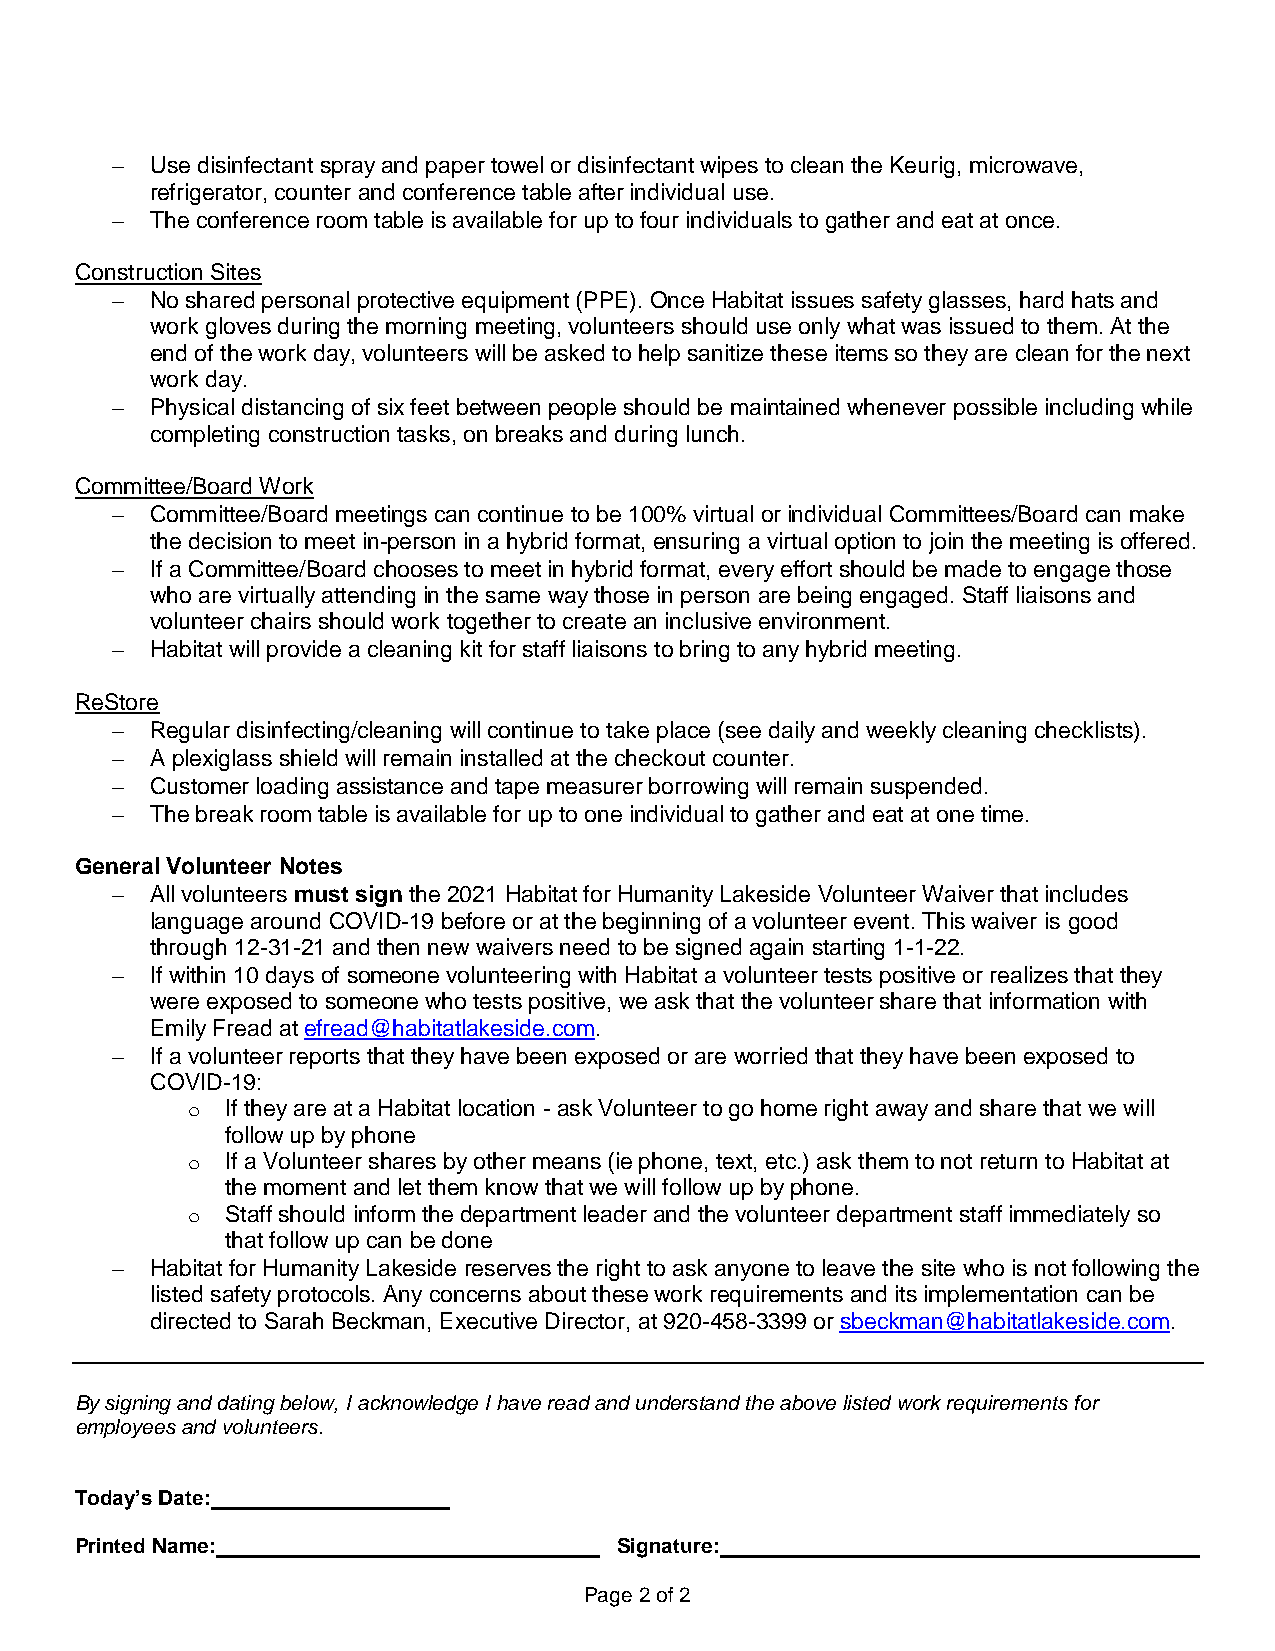
−  Use disinfectant spray and paper towel or disinfectant wipes to clean the Keurig, microwave,
 refrigerator, counter and conference table after individual use.
 −  The conference room table is available for up to four individuals to gather and eat at once.
 Construction Sites
 −  No shared personal protective equipment (PPE). Once Habitat issues safety glasses, hard hats and
 work gloves during the morning meeting, volunteers should use only what was issued to them. At the
 end of the work day, volunteers will be asked to help sanitize these items so they are clean for the next
 work day.
 −  Physical distancing of six feet between people should be maintained whenever possible including while
 completing construction tasks, on breaks and during lunch.
 Committee/Board Work
 −  Committee/Board meetings can continue to be 100% virtual or individual Committees/Board can make
 the decision to meet in-person in a hybrid format, ensuring a virtual option to join the meeting is offered.
 −  If a Committee/Board chooses to meet in hybrid format, every effort should be made to engage those
 who are virtually attending in the same way those in person are being engaged. Staff liaisons and
 volunteer chairs should work together to create an inclusive environment.
 −  Habitat will provide a cleaning kit for staff liaisons to bring to any hybrid meeting.
 ReStore
 −  Regular disinfecting/cleaning will continue to take place (see daily and weekly cleaning checklists).
 −  A plexiglass shield will remain installed at the checkout counter.
 −  Customer loading assistance and tape measurer borrowing will remain suspended.
 −  The break room table is available for up to one individual to gather and eat at one time.
 General Volunteer Notes
 −  All volunteers must sign the 2021 Habitat for Humanity Lakeside Volunteer Waiver that includes
 language around COVID-19 before or at the beginning of a volunteer event. This waiver is good
 through 12-31-21 and then new waivers need to be signed again starting 1-1-22.
 −  If within 10 days of someone volunteering with Habitat a volunteer tests positive or realizes that they
 were exposed to someone who tests positive, we ask that the volunteer share that information with
 Emily Fread at efread@habitatlakeside.com.
 −  If a volunteer reports that they have been exposed or are worried that they have been exposed to
 COVID-19:
 o  If they are at a Habitat location - ask Volunteer to go home right away and share that we will
 follow up by phone
 o  If a Volunteer shares by other means (ie phone, text, etc.) ask them to not return to Habitat at
 the moment and let them know that we will follow up by phone.
 o  Staff should inform the department leader and the volunteer department staff immediately so
 that follow up can be done
 −  Habitat for Humanity Lakeside reserves the right to ask anyone to leave the site who is not following the
 listed safety protocols. Any concerns about these work requirements and its implementation can be
 directed to Sarah Beckman, Executive Director, at 920-458-3399 or sbeckman@habitatlakeside.com.
 By signing and dating below, I acknowledge I have read and understand the above listed work requirements for
 employees and volunteers.
 Today’s Date:
 Printed Name:                       Signature:
 Page 2 of 2